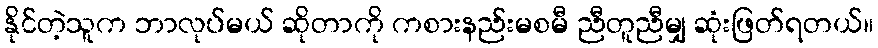
နိုင်တဲ့သူက ဘာလုပ်မယ် ဆိုတာကို ကစားနည်းမစမီ ညီတူညီမျှ ဆုံးဖြတ်ရတယ်။